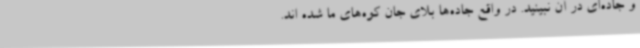
و جاده‌ای در آن نبینید. در واقع جاده‌ها بلای جان کوه‌های ما شده اند.